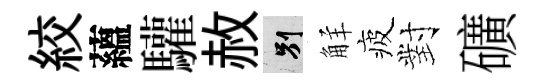
絞蘊驩赦别觧疲對礦